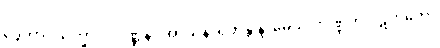
ဒွေဘာဂသိက္ခာပဒဝဏ္ဏနာ အာသနာရဟန္တိ နာမေသု ဘဏ္ဍိကံ ပဋိဟတော